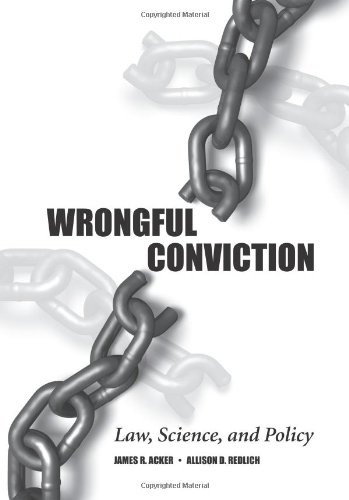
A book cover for Wrongful Conviction: Law, Science, and Policy; James R. Acker; Law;